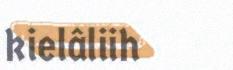
kielâliih